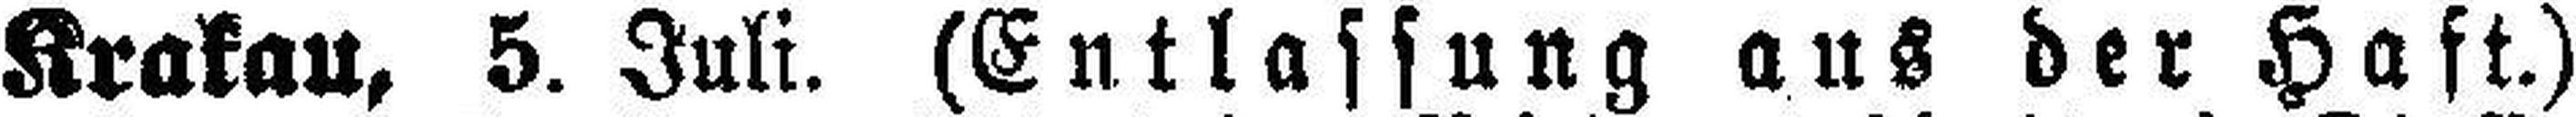
Krakau, 5. Juli. (Entlassung aus der Haft.)